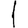
Digit: 1